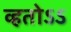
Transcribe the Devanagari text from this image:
व्हतोऽऽ